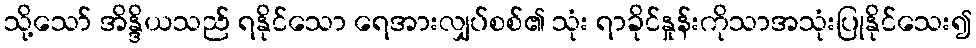
သို့သော် အိန္ဒိယသည် ရနိုင်သော ရေအားလျှပ်စစ်၏ သုံး ရာခိုင်နှုန်းကိုသာအသုံးပြုနိုင်သေး၍